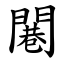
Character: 闀